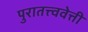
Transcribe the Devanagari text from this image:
पुरातत्त्ववेत्ती